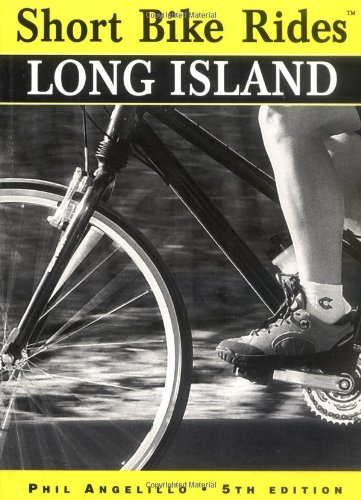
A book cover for Short Bike RidesÂ® Long Island (Short Bike Rides Series); Phillip Angelillo; Travel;